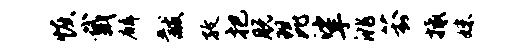
恢戴麟黻孜把脱琵挲洮葑抵妹